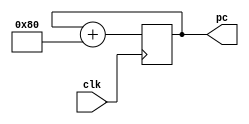
`default_nettype none

module count(input wire clk,
          output reg [31:0] pc);

     initial begin
          #5 pc = 0;
     end     

     always @(posedge clk) begin
          pc = pc + 32 * 4;
     end

endmodule

`default_nettype wire